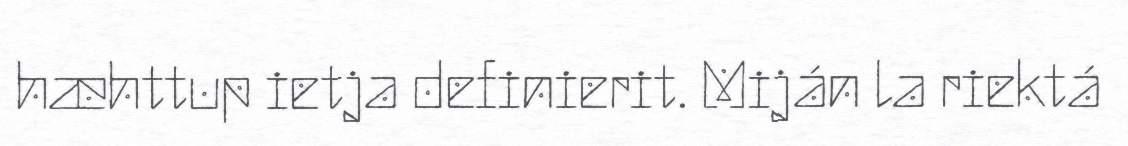
hæhttup ietja definierit. Miján la riektá